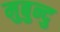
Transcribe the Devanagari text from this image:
मुबुन्दु